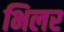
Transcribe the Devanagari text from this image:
भिलर